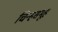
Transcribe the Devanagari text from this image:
चिन्हसमूह